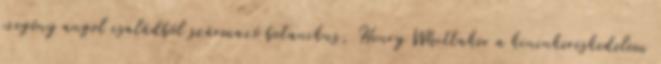
szegény angol családból származó botanikus, Henry Whittaker a kininkereskedelem